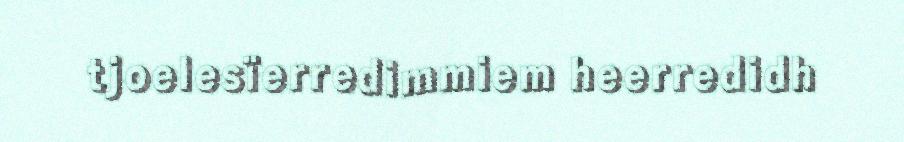
tjoelesïerredimmiem heerredidh